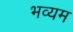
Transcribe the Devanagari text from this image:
भव्यम